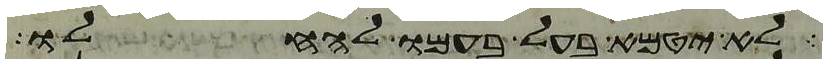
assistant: לא יטמא בעל בעמו להחלו